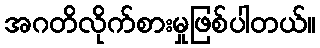
အဂတိလိုက်စားမှုဖြစ်ပါတယ်။